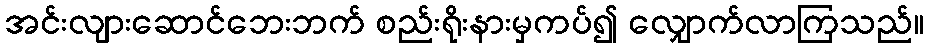
အင်းလျားဆောင်ဘေးဘက် စည်းရိုးနားမှကပ်၍ လျှောက်လာကြသည်။